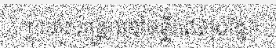
ៗ ទៅសង្គ្រោះនៅមន្ទីរពេទ្យបង្អែក